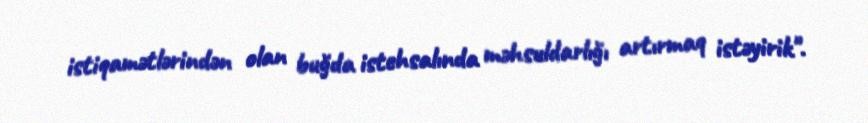
istiqamətlərindən olan buğda istehsalında məhsuldarlığı artırmaq istəyirik".